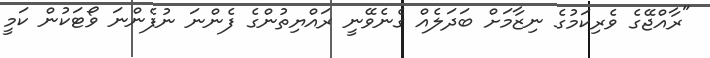
"ރާއްޖޭގެ ވެރިކަމުގެ ނިޒާމަށް ބަދަލެއް ގެނެވޭނީ ރައްޔިތުންގެ ފެންނަ ނުފެންނަ ވޯޓަކުން ކަމީ